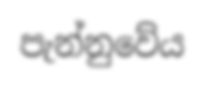
පැන්නුවේය